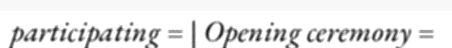
participating = | Opening ceremony =